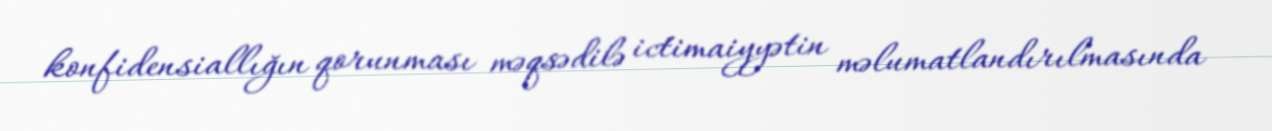
konfidensiallığın qorunması məqsədilə ictimaiyyətin məlumatlandırılmasında